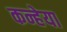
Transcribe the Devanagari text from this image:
कन्हेया